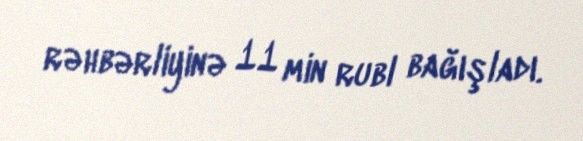
rəhbərliyinə 11 min rubl bağışladı.